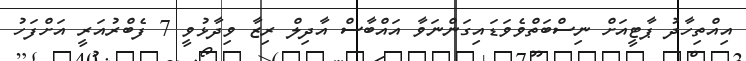
އިއްތިހާދު ޕާޓީއަށް ނިސްބަތްވެވަޑައިގަންނަވާ އައްބާސް އާދިލް ރިޒާ ވިދާޅުވީ 7 ފެބްރުއަރީ އަށްފަހު